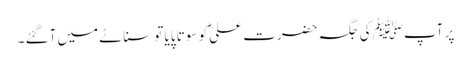
پر آپﷺ کی جگہ حضرت علیؓ کو سوتا پایا تو سناٹے میں آگئے ۔